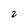
Character: 2